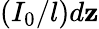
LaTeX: \left(I_{0}/l\right)d\mathbf{z}